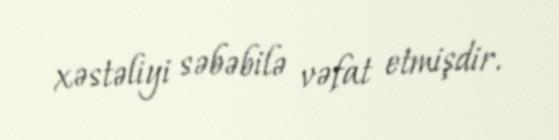
xəstəliyi səbəbilə vəfat etmişdir.